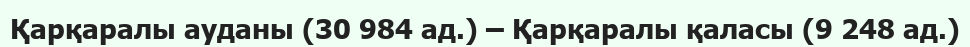
Қарқаралы ауданы (30 984 ад.) – Қарқаралы қаласы (9 248 ад.)